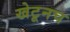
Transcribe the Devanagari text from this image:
खेटूनच